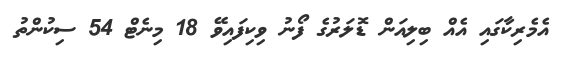
އެމެރިކާގައި އެއް ބިލިއަން ޑޮލަރުގެ ފޯނު ވިކިފައިވޭ 18 މިނެޓް 54 ސިކުންތު